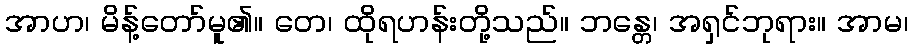
အာဟ၊ မိန့်တော်မူ၏။ တေ၊ ထိုရဟန်းတို့သည်။ ဘန္တေ၊ အရှင်ဘုရား။ အာမ၊